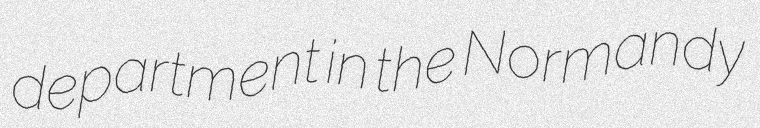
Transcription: department in the Normandy